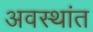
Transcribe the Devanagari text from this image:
अवस्थांत